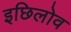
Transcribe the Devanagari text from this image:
इछिलोव